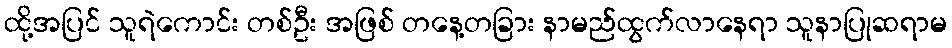
ထို့အပြင် သူရဲကောင်း တစ်ဦး အဖြစ် တနေ့တခြား နာမည်ထွက်လာနေရာ သူနာပြုဆရာမ